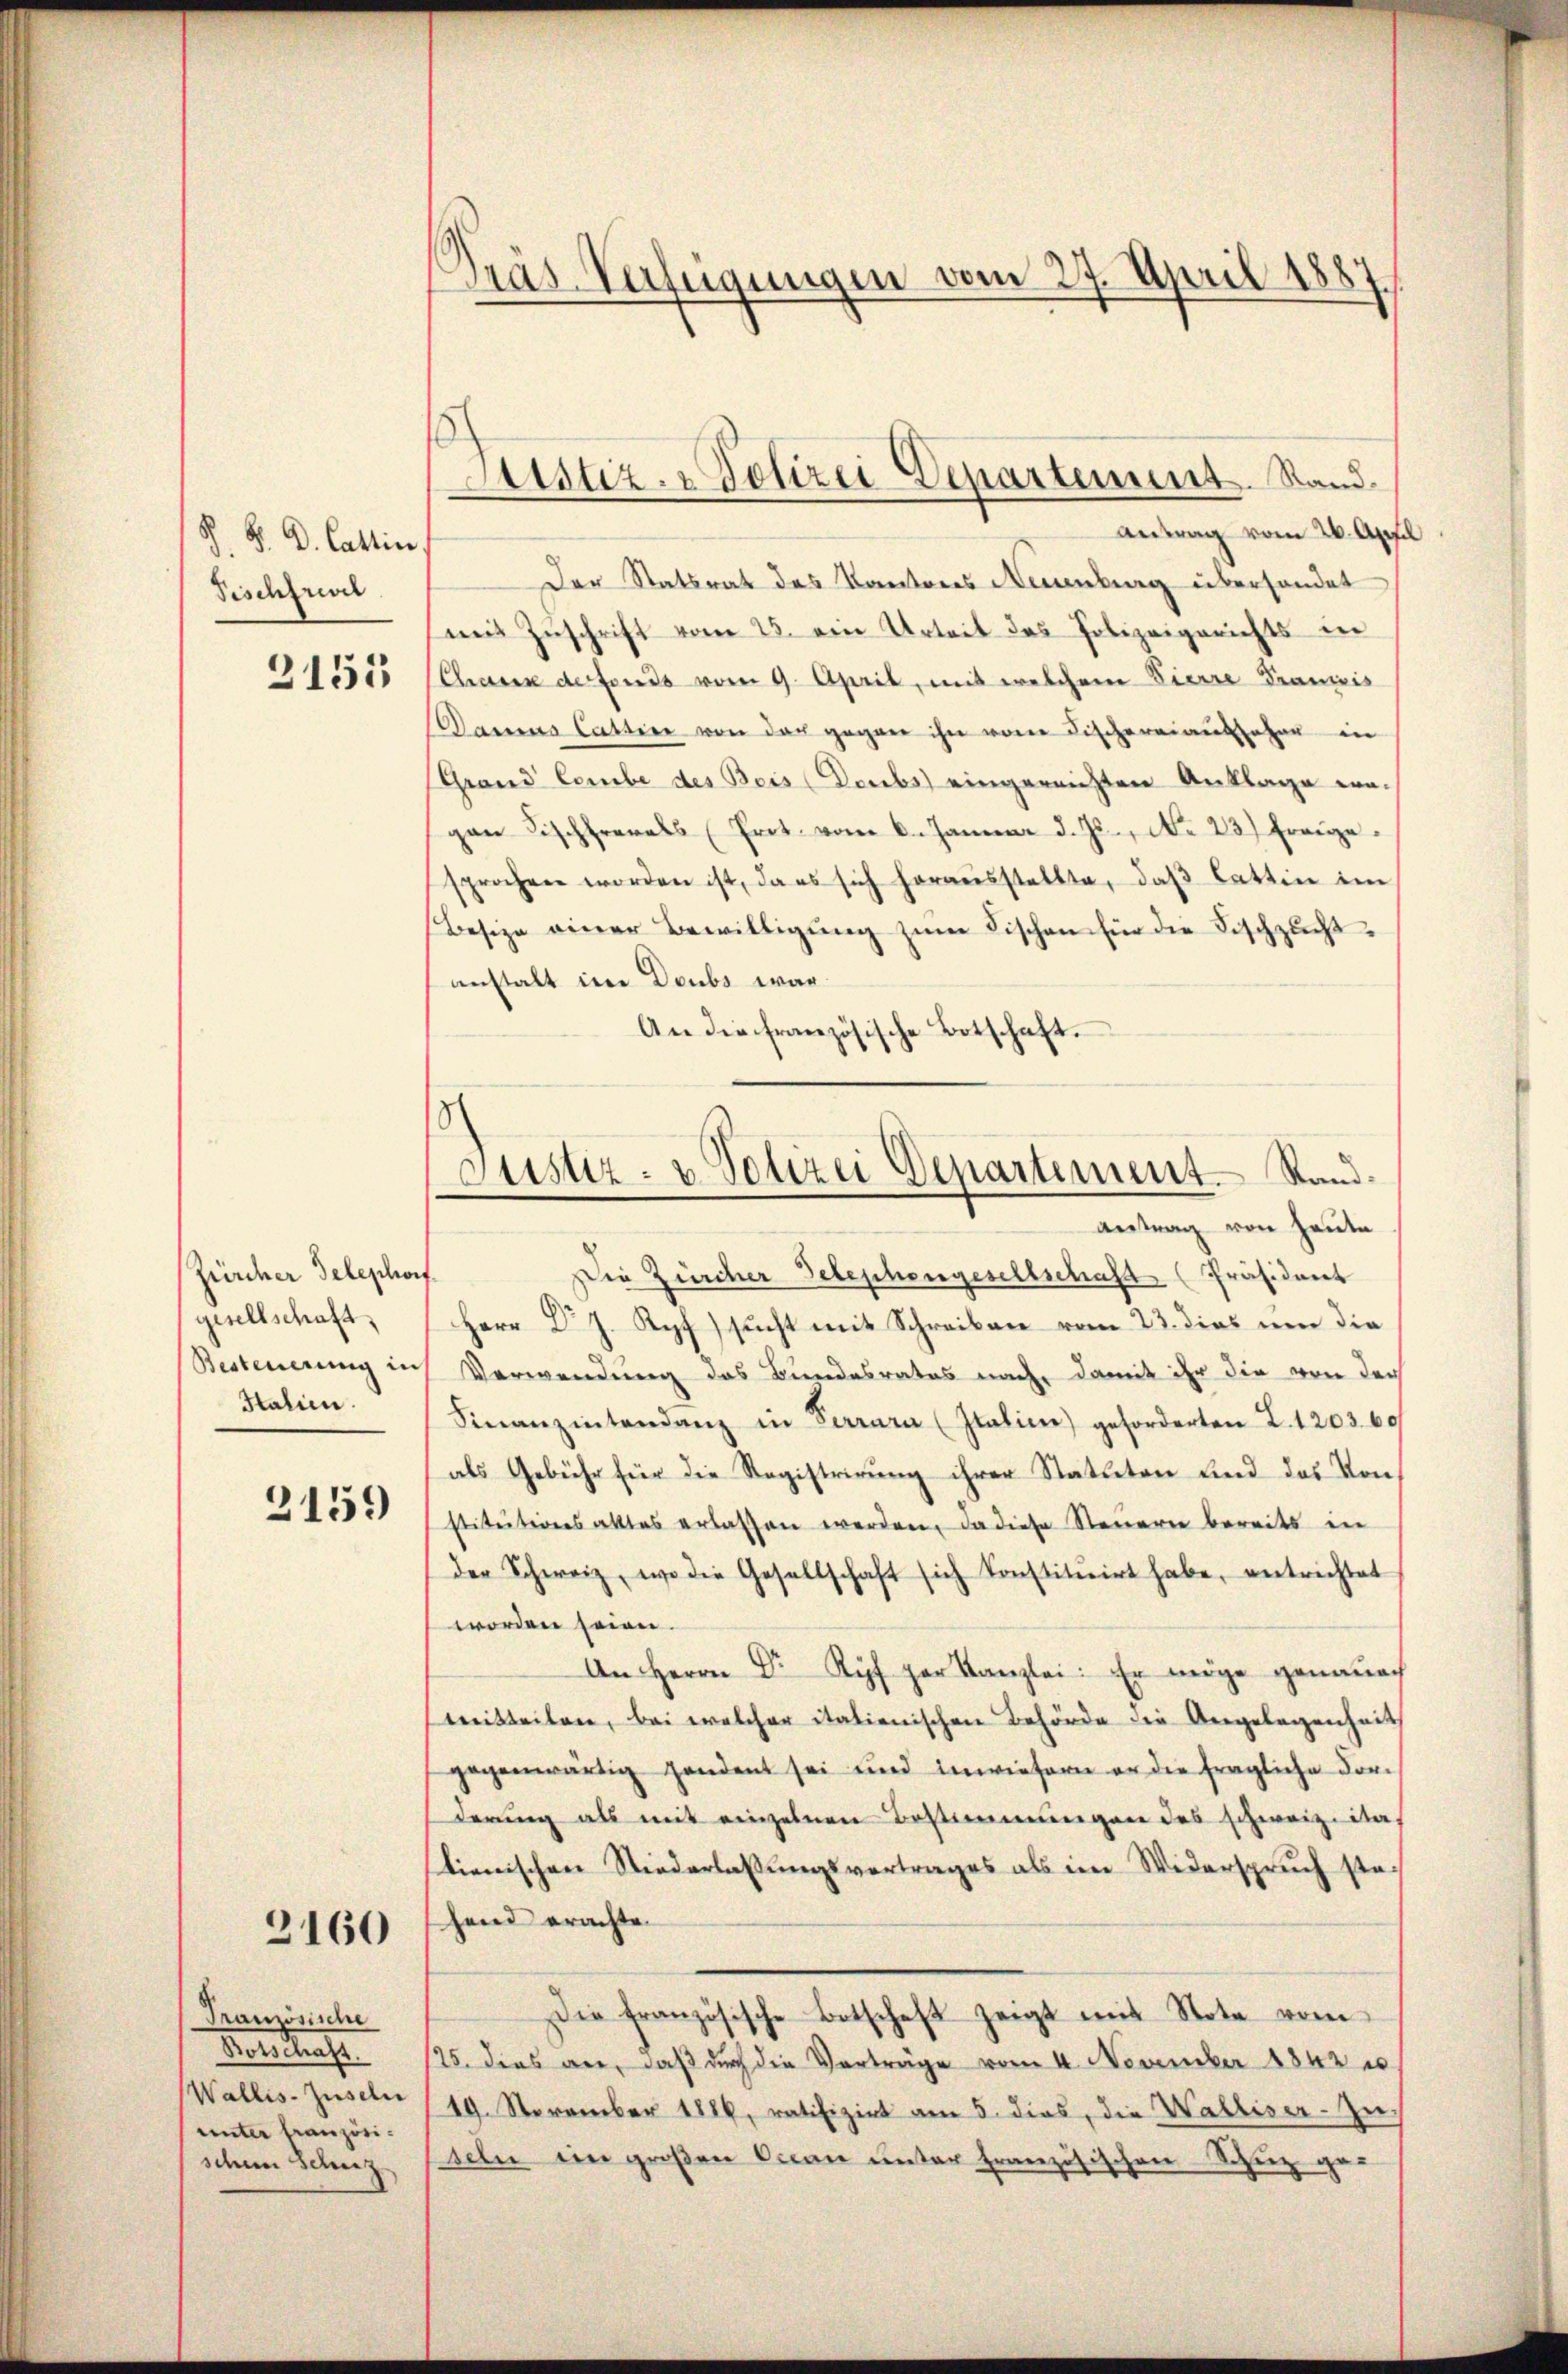
P. V. D. Cattin
Fischfrevel

2153

Zürcher Telephorf
gesellschaft,
Italien.

2159

3160

Französische
Fenstrafe
unter französi-
schner Schenz

Pras Verfügungen vom 27. April 1887

Antrag vom 26. April
Der Statsrat des Kantons Neuenburg überhandet
mit Zŭschrift vom 25. ein Urteil des Polizeigerichts in
Chaus derfonds vom 9. April, mit welchem Viere Franzis
Damma Cattin von der gegen ihn von Fischereiaufseher in
Grand lombe des Beis (Deubs) eingereichten Anklage we-
gan Fischfrerals (Prot. vom 6. Januar d. Js., No 23) Frage.
sprochen worden ist, da es sich heraŭsstellte, daβ lattin im
Besize einer Bewilligŭng zŭm Fischen für die Fischzŭcht-
anstalt im Doubs war
An die französische Botschaft.

Justiz- & Polizei Departement. Stand.

Justiz- & Polizei Departement Stand.
antrag von heute

Die Zürcher Telephongesellschaft Präsident
Herr Dr J. Ryf) sucht mit Schreiben vom 23. dies um die
Besteuerung in Verwendung das Bundesrates nach, damit ihr die von der
Finanzintendanz in Terrara (Italien) geforderten L. 1203. 60
als Gebühr für die Registrirung ihrer Statuten und des Vonstitutionsaktes erlassen werden, da diese Steuern bereits in
der Schweiz, wo die Gesellschaft sich konstitŭirt habe, entrichtet
worden seien.
An Herrn Dr Ryf par Kanzlei. Er möge genauen
mitteilen, bei welcher italienischen Behörde die Angelegenheit
gegenwärtig handent sei und inwiefern er die fragliche For-
derung als mit einzelnen Bestimmungen des schweiz. ital
lienischen Niederlassungsvertrages als im Widerspruch stehend erachte.
Die französische Botschaft zeigt mit Note vom
/25. dies an, daß durch die Vorträge vom 4. November 1842
Wallis-Juseln (19. November 1886, ratifizirt am 5. dies, die Walliser-Zuseln ein großen Ocean unter französischen Schuz ge-